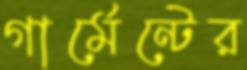
গার্মেন্টের